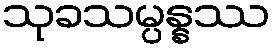
သုခသမ္ပန္နဿ